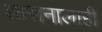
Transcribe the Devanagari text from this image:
शासनालाही